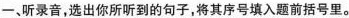
一、听录音,选出你所听到的句子,将其序号填入题前括号里。